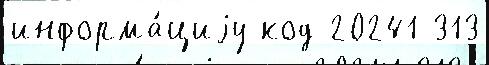
информа́циjу код 20241 313